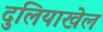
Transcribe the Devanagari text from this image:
दुलियाखेल